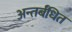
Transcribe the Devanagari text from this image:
अन्तर्बंधित